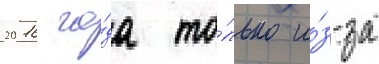
2016 го́да то́лько и́з-за